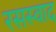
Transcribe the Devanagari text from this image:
रसस्वाद